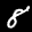
Label: 8